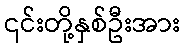
၎င်းတို့နှစ်ဦးအား